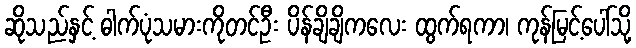
ဆိုသည်နှင့် ဓါက်ပုံသမားကိုတင်ဦး ပိန်ချိချိကလေး ထွက်ရကာ၊ ကုန်မြင့်ပေါ်သို့